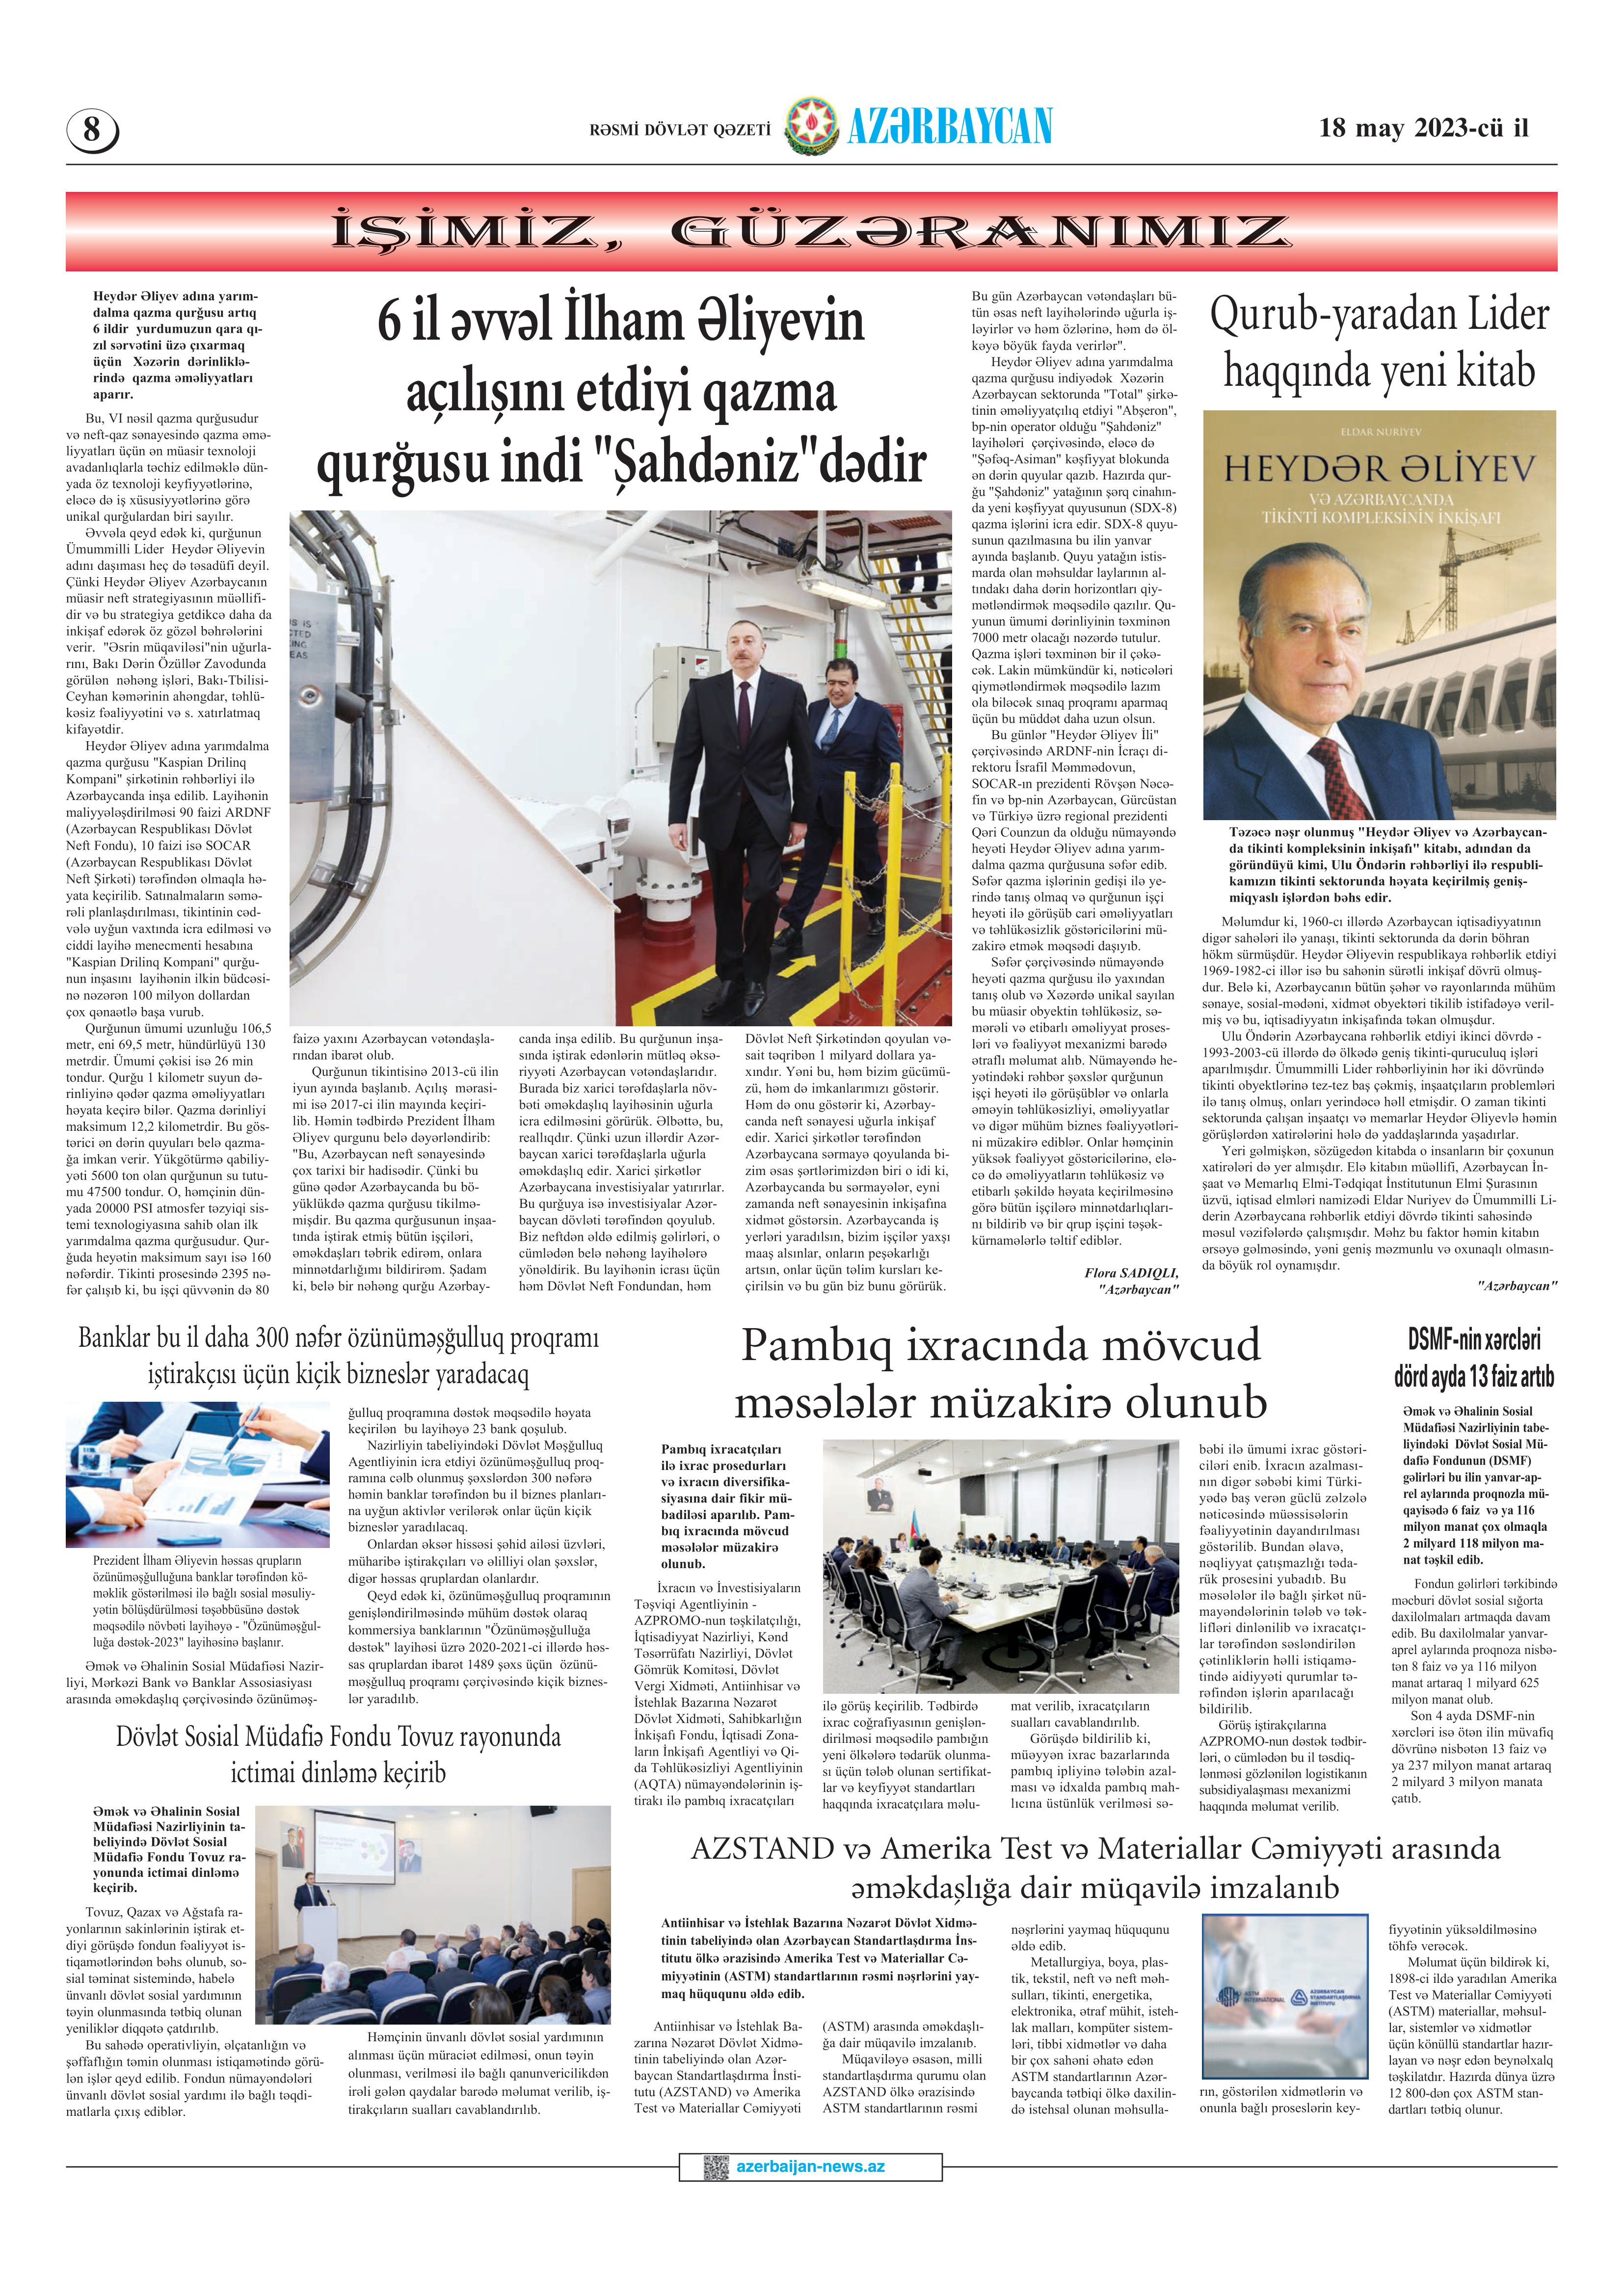
Language: az